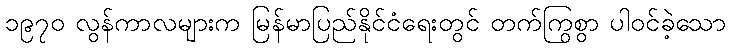
၁၉၇၀ လွန်ကာလများက မြန်မာပြည်နိုင်ငံရေးတွင် တက်ကြွစွာ ပါဝင်ခဲ့သော